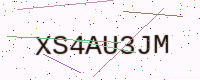
Text: XS4AU3JM